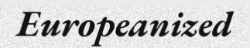
Europeanized